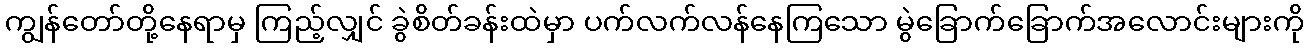
ကျွန်တော်တို့နေရာမှ ကြည့်လျှင် ခွဲစိတ်ခန်းထဲမှာ ပက်လက်လန်နေကြသော မွဲခြောက်ခြောက်အလောင်းများကို